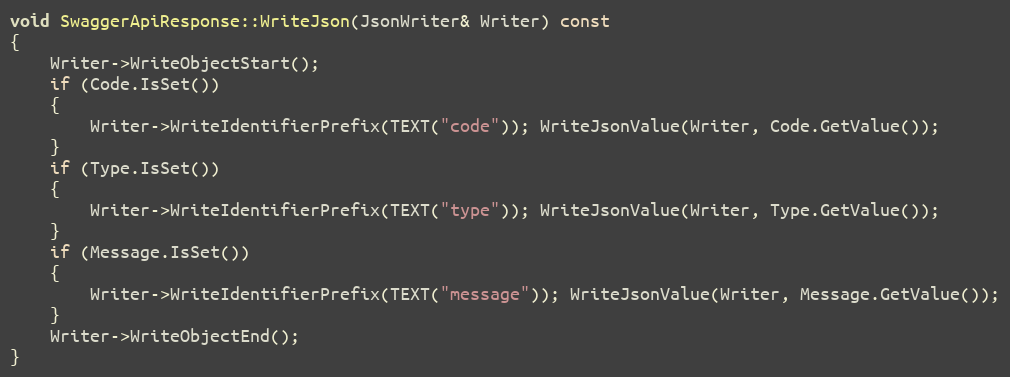
Language: C++
void SwaggerApiResponse::WriteJson(JsonWriter& Writer) const
{
	Writer->WriteObjectStart();
	if (Code.IsSet())
	{
		Writer->WriteIdentifierPrefix(TEXT("code")); WriteJsonValue(Writer, Code.GetValue());
	}
	if (Type.IsSet())
	{
		Writer->WriteIdentifierPrefix(TEXT("type")); WriteJsonValue(Writer, Type.GetValue());
	}
	if (Message.IsSet())
	{
		Writer->WriteIdentifierPrefix(TEXT("message")); WriteJsonValue(Writer, Message.GetValue());
	}
	Writer->WriteObjectEnd();
}